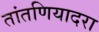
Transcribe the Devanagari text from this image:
तांतणियादरा